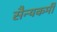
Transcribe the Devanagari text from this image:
सैन्यकर्मी